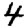
Digit: 4